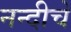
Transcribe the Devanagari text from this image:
नन्दीचे